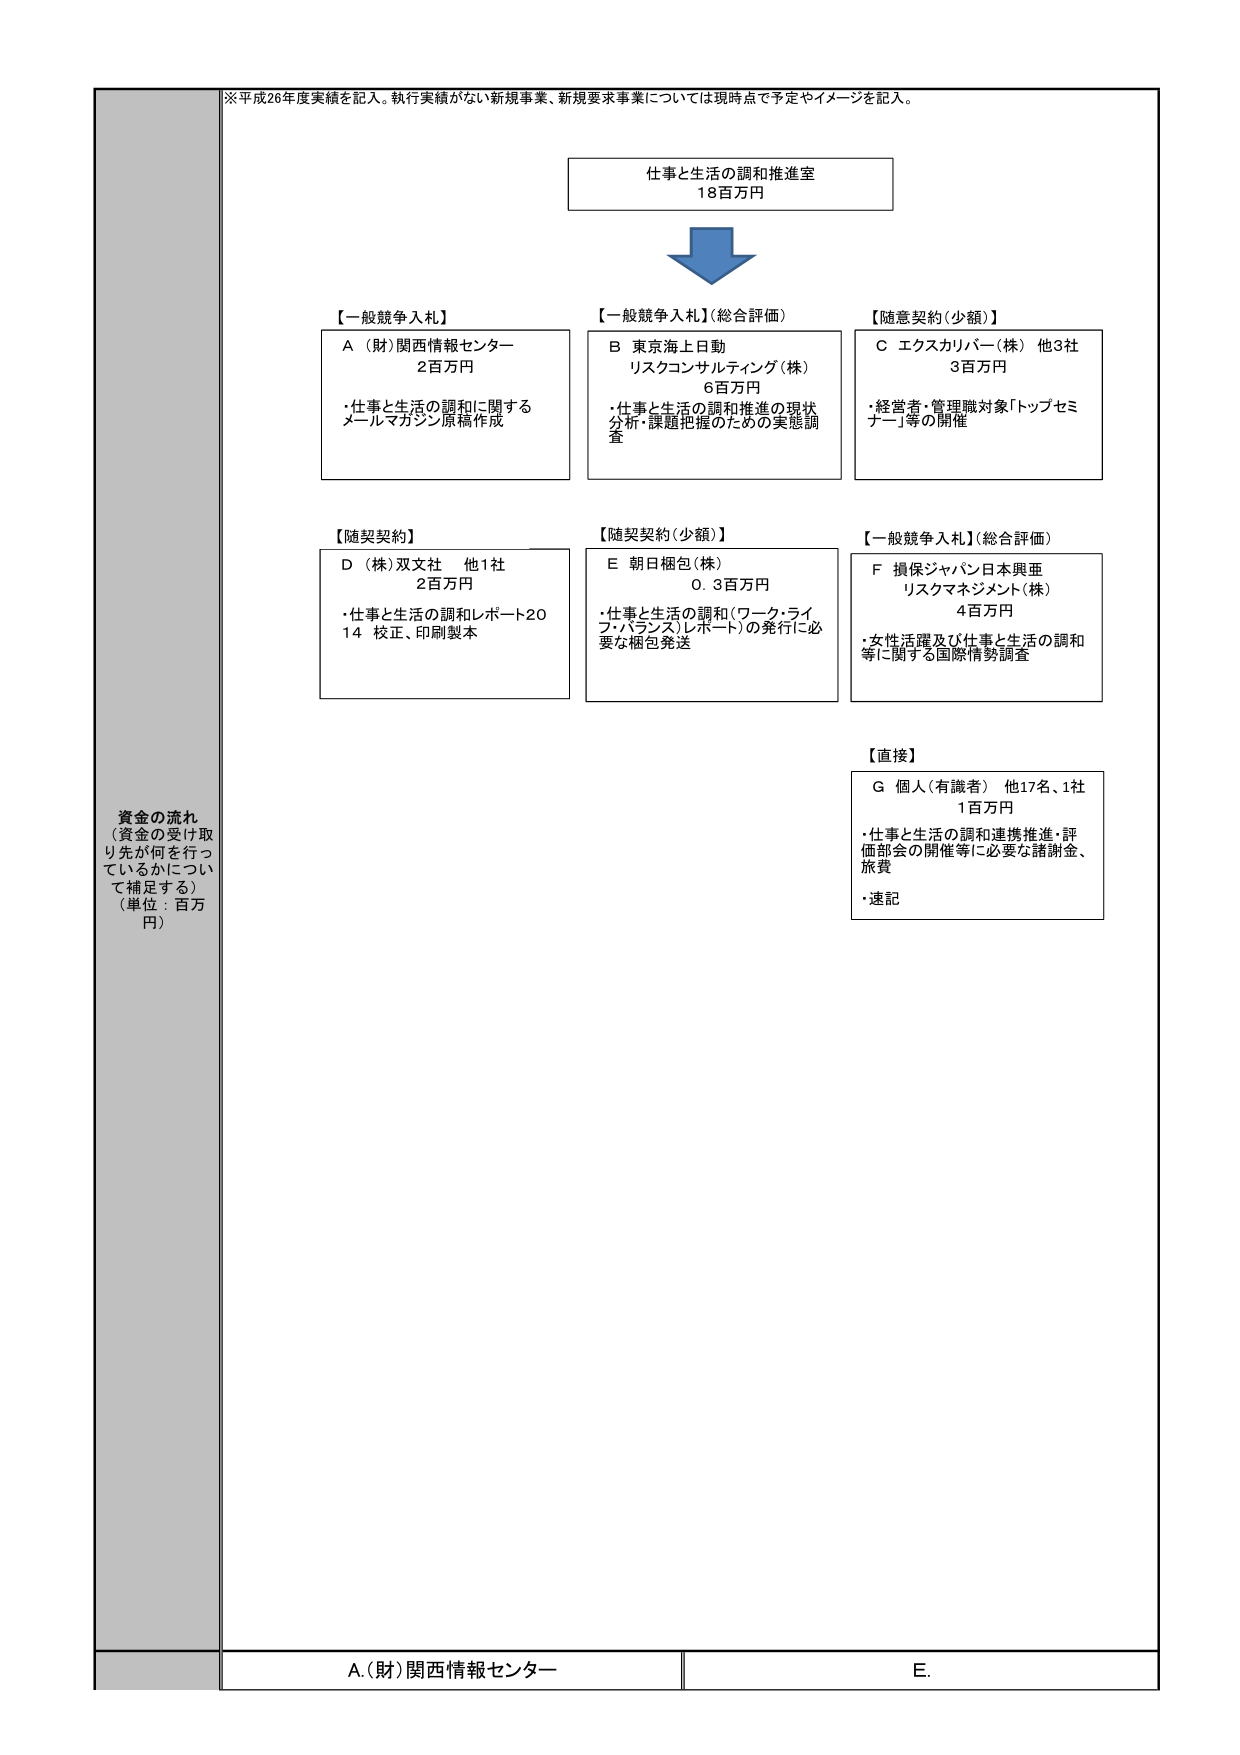
※平成26年度実績を記入。執行実績がない新規事業、新規要求事業については現時点で予定やイメージを記入。

仕事と生活の調和推進室
18百万円

【一般競争入札】
A（財）関西情報センター
2百万円
・仕事と生活の調和に関する
メールマガジン原稿作成

【一般競争入札】（総合評価）
B 東京海上日動
リスクコンサルティング（株）
6百万円
・仕事と生活の調和推進の現状
分析・課題把握のための実態調
査

【随意契約（少額）】
C エクスカリバー（株） 他3社
3百万円
・経営者・管理職対象「トップセミ
ナー」等の開催

【随契契約】
D（株）双文社 他1社
2百万円
・仕事と生活の調和レポート20
14 校正、印刷製本

【随契契約（少額）】
E 朝日梱包（株）
0.3百万円
・仕事と生活の調和（ワーク・ライ
フ・バランス）レポート）の発行に必
要な梱包発送

【一般競争入札】（総合評価）
F 損保ジャパン日本興亜
リスクマネジメント（株）
4百万円
・女性活躍及び仕事と生活の調和
等に関する国際情勢調査

【直接】
G 個人（有識者） 他17名、1社
1百万円
・仕事と生活の調和連携推進・評
価部会の開催等に必要な諸謝金、
旅費
・速記

資金の流れ
（資金の受け取り先が何を行っ
ているかについて補足する）
（単位：百万円）

A.（財）関西情報センター
E.